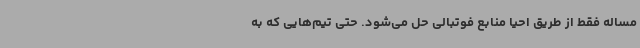
مساله فقط از طریق احیا منابع فوتبالی حل می‌شود. حتی تیم‌هایی که به